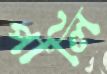
পালি